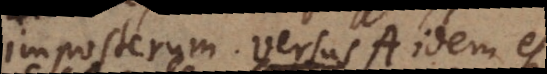
imposterum. Versus A idem est,